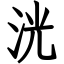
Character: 洸